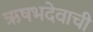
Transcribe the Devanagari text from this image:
ऋषभदेवाची